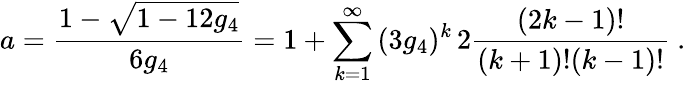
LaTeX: a=\frac{1-\sqrt{1-12g_{4}}}{6g_{4}}=1+\sum_{k=1}^{\infty}\, (3g_{4})^{k}\, 2\frac{(2k-1)!}{(k+1)!(k-1)!}\ .